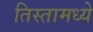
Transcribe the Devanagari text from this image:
तिस्तामध्ये